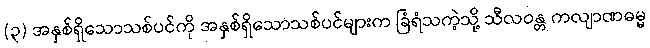
(၃) အနှစ်ရှိသောသစ်ပင်ကို အနှစ်ရှိသောသစ်ပင်များက ခြံရံသကဲ့သို့ သီလဝန္တ ကလျာဏဓမ္မ